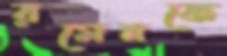
রমেনকে